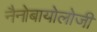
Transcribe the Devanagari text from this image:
नैनोबायोलोजी